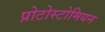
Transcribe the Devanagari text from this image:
प्रोटोस्टोमियन